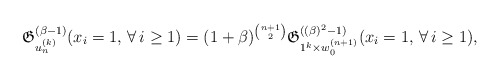
\begin{gather*} {\mathfrak G}_{u_{n}^{(k)}}^{(\beta-1)}(x_i=1,\,\forall\, i \ge 1) =(1+\beta)^{{n+1 \choose 2}} {\mathfrak G}_{1^{k} \times w_{0}^{(n+1)}}^{((\beta)^2-1)}(x_i=1,\,\forall\, i \ge 1),\end{gather*}